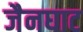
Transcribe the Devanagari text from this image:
जैनघाट